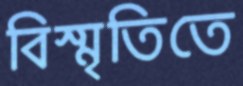
বিস্মৃতিতে